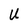
Character: U